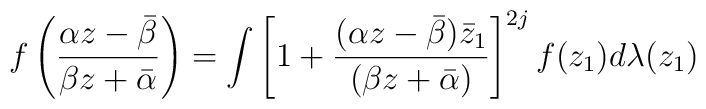
f \left( \frac{\alpha  z-\bar{\beta}}{\beta z+\bar{\alpha}} \right)=     \int \left[ 1+ \frac{(\alpha z-\bar{\beta})\bar{z}_{1}}{(\beta     z+\bar{\alpha})} \right]^{2j} f(z_{1})d\lambda(z_{1})